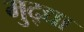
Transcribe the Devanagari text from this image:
मुद्द्या